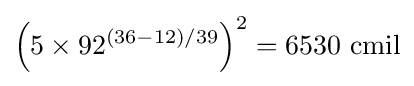
\left(5\times 92^{(36-12)/39}\right)^{2}=6530~{\textrm {cmil}}